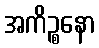
အကိဉ္စနော